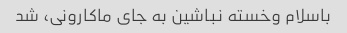
باسلام وخسته نباشین به جای ماکارونی، شد